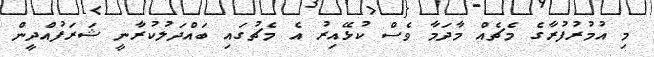
މި އުމުރުފުރާގެ މެޗެއް މާދަމާ ވެސް ކުޅޭއިރު އެ މެޗުގައި ބައްދަލުކުރާނީ ޝަރަފުއްދީން